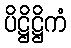
ပိဋ္ဌိဋ္ဌိကံ